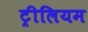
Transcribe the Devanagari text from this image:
ट्रीलियम